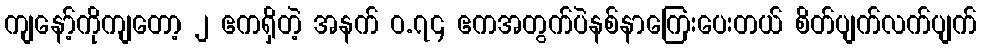
ကျနော့်ကိုကျတော့ ၂ ဧကရှိတဲ့ အနက် ဝ.၇၄ ဧကအတွက်ပဲနစ်နာကြေးပေးတယ် စိတ်ပျက်လက်ပျက်